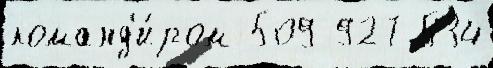
команд'и́ром 509 927 534